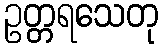
ဥတ္တရသေတု